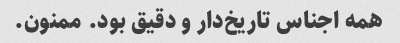
همه اجناس تاریخ‌دار و دقیق بود. ممنون.